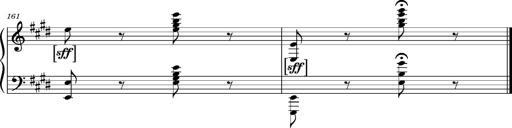
Title: Ungarischer Romanzero
Composer: Franz Liszt